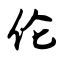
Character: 伦